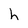
Character: h